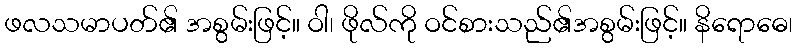
ဖလသမာပတ်၏ အစွမ်းဖြင့်။ ဝါ၊ ဖိုလ်ကို ဝင်စားသည်၏အစွမ်းဖြင့်။ နိရောဓေ၊